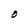
Character: O